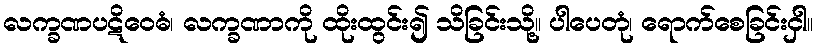
လက္ခဏပဋိဝေဓံ၊ လက္ခဏာကို ထိုးထွင်း၍ သိခြင်းသို့။ ပါပေတုံ၊ ရောက်စေခြင်းငှါ။